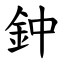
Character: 鈡